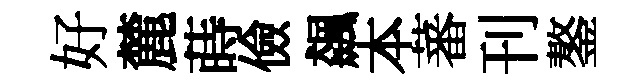
好麓蒔儉飆本蕃刊鏊